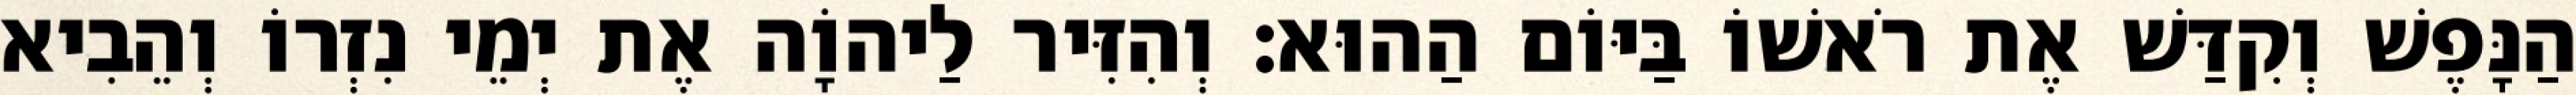
הַנָּפֶשׁ וְקִדַּשׁ אֶת רֹאשׁוֹ בַּיּוֹם הַהוּא׃ וְהִזִּיר לַיהוָֹה אֶת יְמֵי נִזְרוֹ וְהֵבִיא